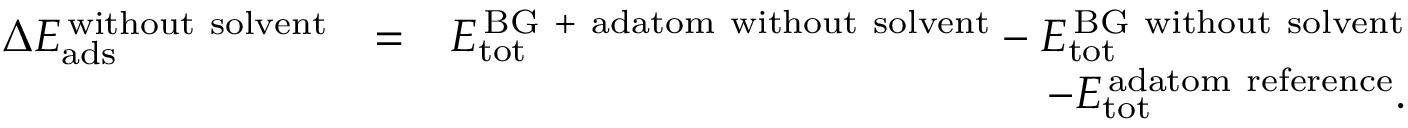
\begin{array} { r l r } { \Delta E _ { \mathrm { a d s } } ^ { \mathrm { \, w i t h o u t \ s o l v e n t } } } & { = } & { E _ { \mathrm { t o t } } ^ { \mathrm { \, B G \ + \ a d a t o m \ w i t h o u t \ s o l v e n t } } - E _ { \mathrm { t o t } } ^ { \mathrm { \, B G \ w i t h o u t \ s o l v e n t } } } \\ & { } & { - E _ { \mathrm { t o t } } ^ { \mathrm { \, a d a t o m \ r e f e r e n c e } } . } \end{array}